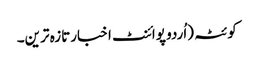
کوئٹہ (اُردو پوائنٹ اخبارتازہ ترین۔